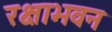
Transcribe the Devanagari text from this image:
रक्षाभवन